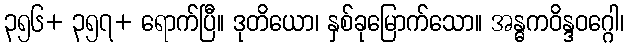
၃၅၆+ ၃၅၇+ ရောက်ပြီ။ ဒုတိယော၊ နှစ်ခုမြောက်သော။ အန္ဓကဝိန္ဒဝဂ္ဂေါ၊